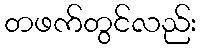
တဖက်တွင်လည်း